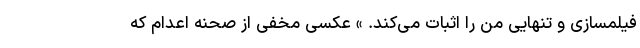
فیلمسازی و تنهایی من را اثبات می‌کند. » عکسی مخفی از صحنه اعدام که